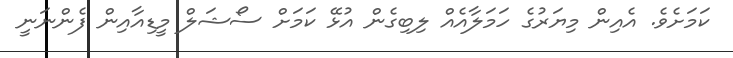
ކަމަށެވެ. އެއިން މިޔަރުގެ ހަމަލާއެއް ލިބިގެން އުޅޭ ކަމަށް ސޯޝަލް މީޑިއާއިން ފެންނަނީ